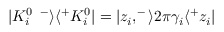
| K _ { i } ^ { 0 \enspace - } \rangle \langle ^ { + } K _ { i } ^ { 0 } | = | z _ { i } , ^ { - } \rangle 2 \pi \gamma _ { i } \langle ^ { + } z _ { i } |